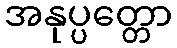
အနုပ္ပတ္တော